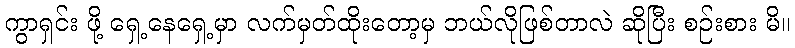
ကွာရှင်း ဖို့ ရှေ့နေရှေ့မှာ လက်မှတ်ထိုးတော့မှ ဘယ်လိုဖြစ်တာလဲ ဆိုပြီး စဉ်းစား မိ။